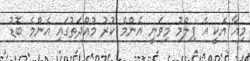
މިއާ އެކީ އެ ފިލްމު މިވަނީ އެންމެ ކުރު މުއްދަތުގައި އެންމެ ބޮޑު